Report of the Bombay Veterinary College
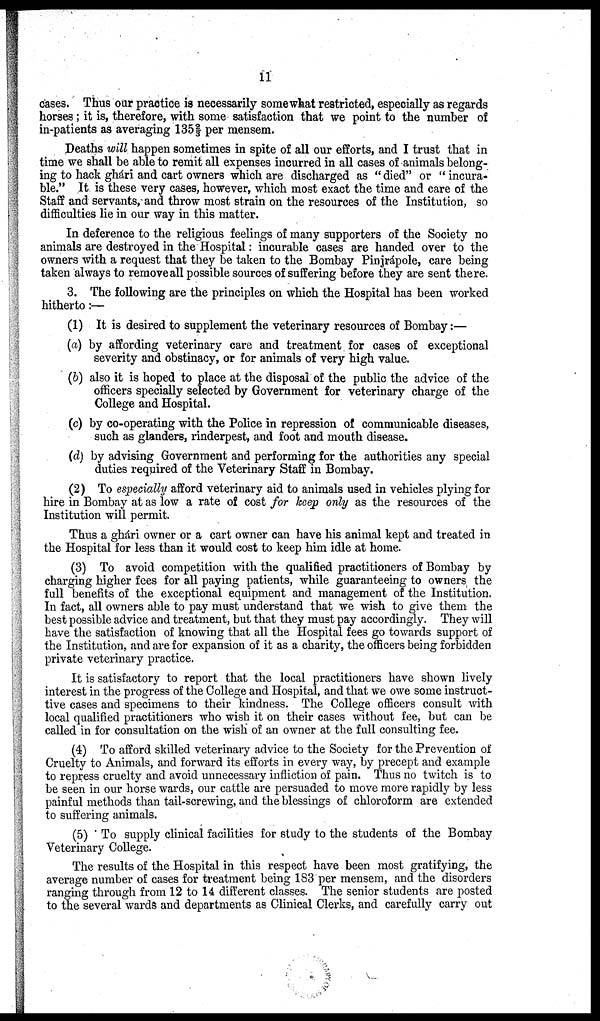
11
cases. Thus our practice is necessarily somewhat restricted, especially as regards
horses; it is, therefore, with some satisfaction that we point to the number of
in-patients as averaging 135 ⅔ per mensem.
Deaths will happen sometimes in spite of all our efforts, and I trust that in
time we shall be able to remit all expenses incurred in all cases of animals belong
ing to hack ghári and cart owners which are discharged as "died" or "incura
ble." It is these very cases, however, which most exact the time and care of the
Staff and servants, and throw most strain on the resources of the Institution, so
difficulties lie in our way in this matter.
In deference to the religious feelings of many supporters of the Society no
animals are destroyed in the Hospital: incurable cases are handed over to the
owners with a request that they be taken to the Bombay Pinjrápole, care being
taken always to remove all possible sources of suffering before they are sent there.
3. The following are the principles on which the Hospital has been worked
hitherto:—
(1) It is desired to supplement the veterinary resources of Bombay:—
(a) by affording veterinary care and treatment for cases of exceptional
severity and obstinacy, or for animals of very high value.
(b) also it is hoped to place at the disposal of the public the advice of the
officers specially selected by Government for veterinary charge of the
College and Hospital.
(c) by co-operating with the Police in repression of communicable diseases,
such as glanders, rinderpest, and foot and mouth disease.
(d) by advising Government and performing for the authorities any special
duties required of the Veterinary Staff in Bombay.
(2) To especially afford veterinary aid to animals used in vehicles plying for
hire in Bombay at as low a rate of cost for keep only as the resources of the
Institution will permit.
Thus a ghári owner or a cart owner can have his animal kept and treated in
the Hospital for less than it would cost to keep him idle at home.
(3) To avoid competition with the qualified practitioners of Bombay by
charging higher fees for all paying patients, while guaranteeing to owners the
full benefits of the exceptional equipment and management of the Institution.
In fact, all owners able to pay must understand that we wish to give them the
best possible advice and treatment, but that they must pay accordingly. They will
have the satisfaction of knowing that all the Hospital fees go towards support of
the Institution, and are for expansion of it as a charity, the officers being forbidden
private veterinary practice.
It is satisfactory to report that the local practitioners have shown lively
interest in the progress of the College and Hospital, and that we owe some instruct
ive cases and specimens to their kindness. The College officers consult with
local qualified practitioners who wish it on their cases without fee, but can be
called in for consultation on the wish of an owner at the full consulting fee.
(4) To afford skilled veterinary advice to the Society for the Prevention of
Cruelty to Animals, and forward its efforts in every way, by precept and example
to repress cruelty and avoid unnecessary infliction of pain. Thus no twitch is to
be seen in our horse wards, our cattle are persuaded to move more rapidly by less
painful methods than tail-screwing, and the blessings of chloroform are extended
to suffering animals.
(5) To supply clinical facilities for study to the students of the Bombay
Veterinary College.
The results of the Hospital in this respect have been most gratifying, the
average number of cases for treatment being 183 per mensem, and the disorders
ranging through from 12 to 14 different classes. The senior students are posted
to the several wards and departments as Clinical Clerks, and carefully carry out